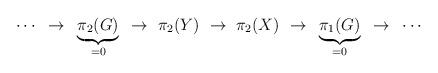
LaTeX: \begin{align*}\cdots ~\to~ \underbrace{\pi_2(G)}_{=0} ~\to~ \pi_2(Y) ~\to~ \pi_2(X) ~\to~ \underbrace{\pi_1(G)}_{=0} ~\to~ \cdots\end{align*}